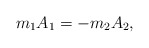
\begin{align*}m_1A_1=-m_2A_2,\end{align*}